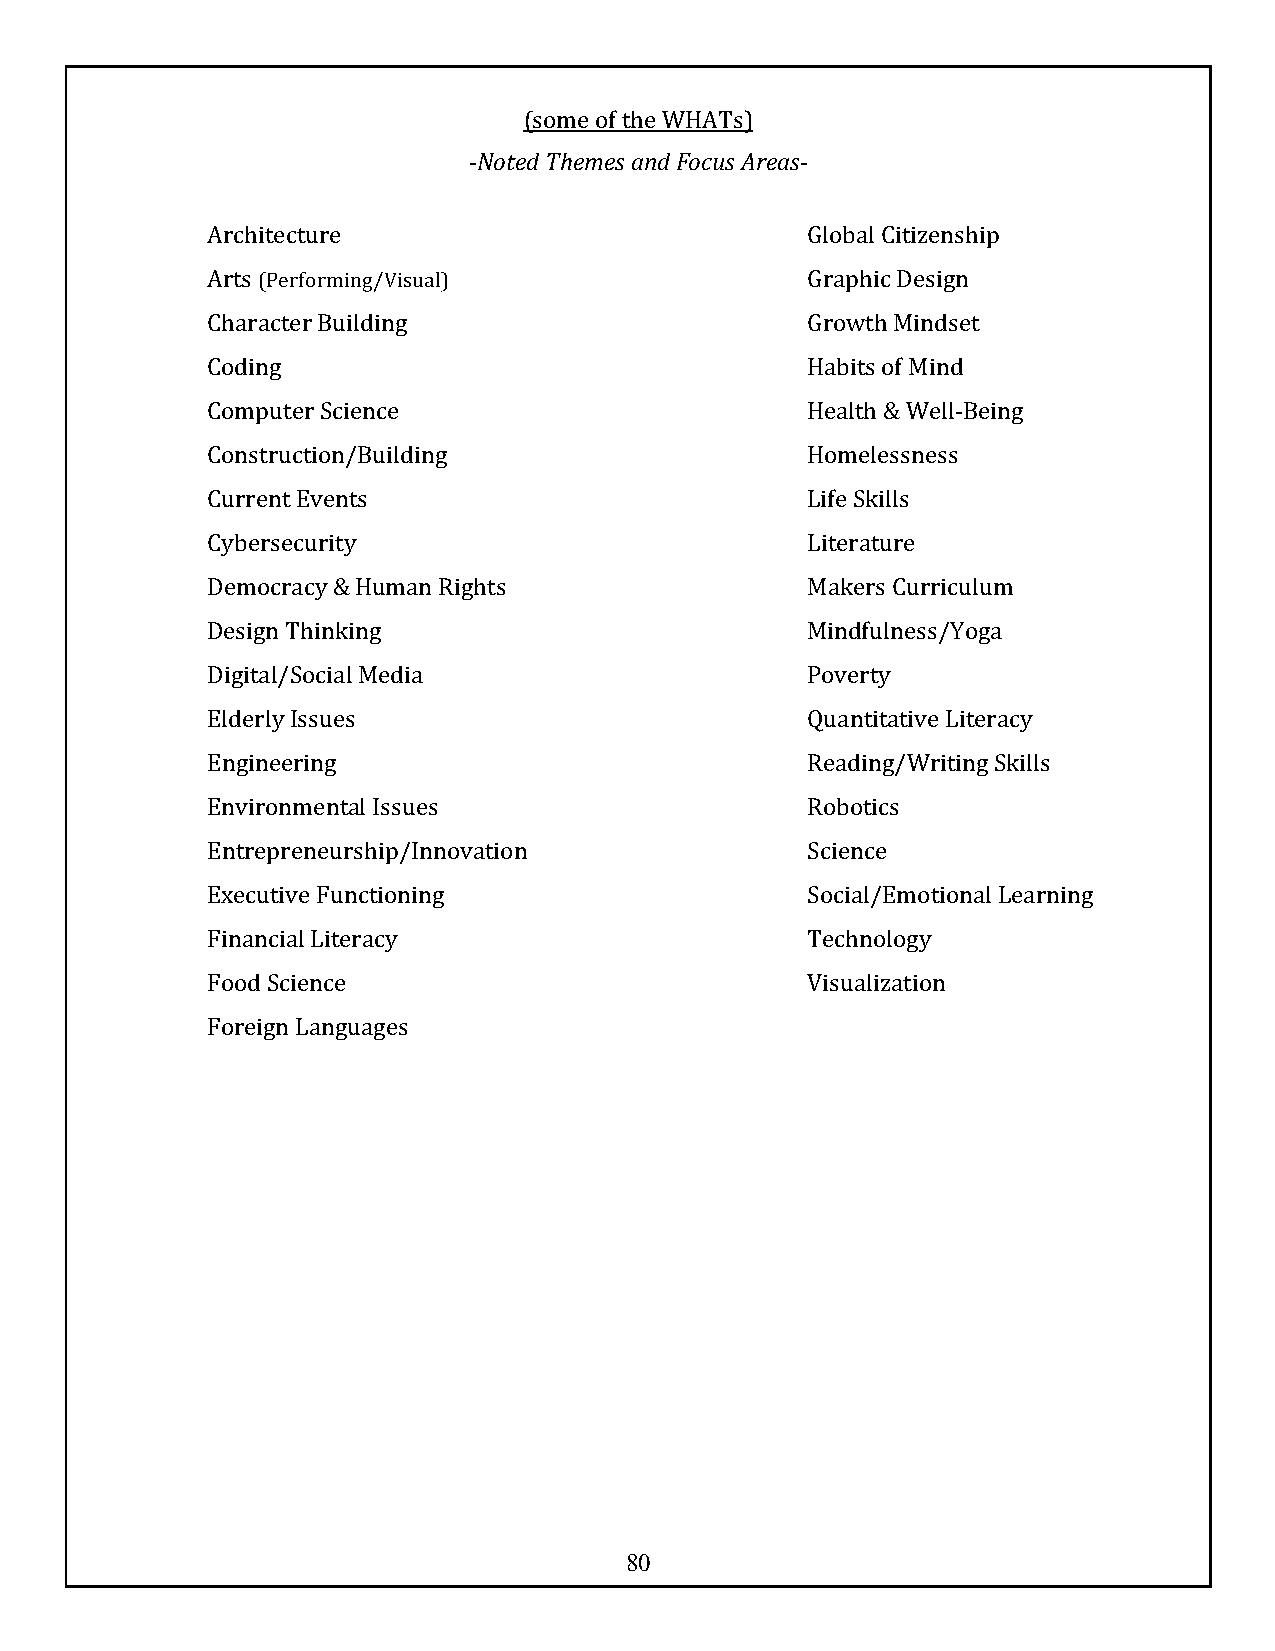
(some of the WHATs)
 -Noted Themes and Focus Areas-
 Architecture                           Global Citizenship
 Arts (Performing/Visual)               Graphic Design
 Character Building                     Growth Mindset
 Coding                                 Habits of Mind
 Computer Science                       Health & Well-Being
 Construction/Building                  Homelessness
 Current Events                         Life Skills
 Cybersecurity                          Literature
 Democracy & Human Rights               Makers Curriculum
 Design Thinking                        Mindfulness/Yoga
 Digital/Social Media                   Poverty
 Elderly Issues                         Quantitative Literacy
 Engineering                            Reading/Writing Skills
 Environmental Issues                   Robotics
 Entrepreneurship/Innovation            Science
 Executive Functioning                  Social/Emotional Learning
 Financial Literacy                     Technology
 Food Science                           Visualization
 Foreign Languages
 80